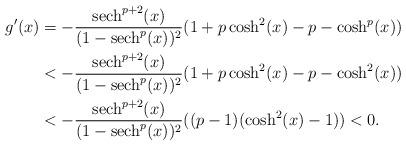
LaTeX: \begin{align*}g'(x)&=-\frac{{\rm sech}^{p+2}(x)}{(1-{\rm sech}^p(x))^2}(1+p\cosh^2(x)-p-\cosh^p(x))\\&<-\frac{{\rm sech}^{p+2}(x)}{(1-{\rm sech}^p(x))^2}(1+p\cosh^2(x)-p-\cosh^2(x))\\&<-\frac{{\rm sech}^{p+2}(x)}{(1-{\rm sech}^p(x))^2}((p-1)(\cosh^2(x)-1))<0.\end{align*}